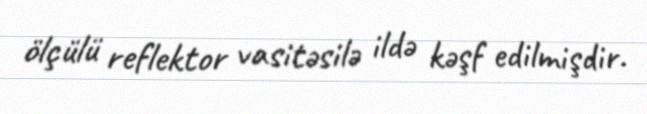
ölçülü reflektor vasitəsilə ildə kəşf edilmişdir.